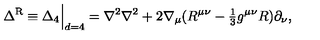
\Delta ^ { \mathrm { { R } } } \equiv \Delta _ { 4 } \Big | _ { d = 4 } = \nabla ^ { 2 } \nabla ^ { 2 } + 2 \nabla _ { \mu } ( R ^ { \mu \nu } - { \textstyle { \frac { 1 } { 3 } } } g ^ { \mu \nu } R ) \partial _ { \nu } ,